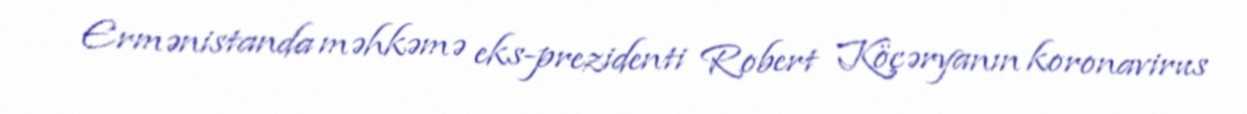
Ermənistanda məhkəmə eks-prezidenti Robert Köçəryanın koronavirus